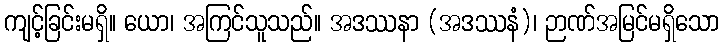
ကျင့်ခြင်းမရှိ။ ယော၊ အကြင်သူသည်။ အဒဿနာ (အဒဿနံ)၊ ဉာဏ်အမြင်မရှိသော